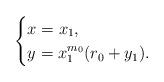
LaTeX: \begin{align*} \begin{cases} x =x_1, \\ y =x_1^{m_0}(r_0+y_1). \end{cases} \end{align*}